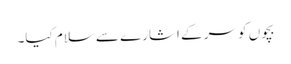
بچوں کو سر کے اشارے سے سلام کیا۔